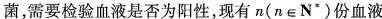
菌，需要检验血液是否为阳性，现有$$n(n\in N^{*})￥￥份血液